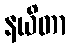
နယိတာ